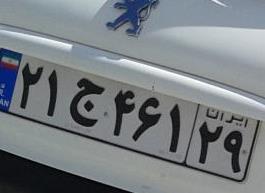
۲۱ج۴۶۱۲۹